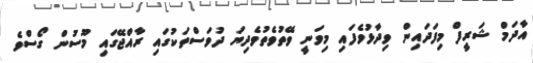
އާދަމް ޝަރީފް މިފަދައިން ވިދާޅުވެފައި މިވަނީ ވޭތުވެތުވެދިޔަ ދުވަސްތަކުގައި ރާއްޖޭގައި މޫސުން ގޯސްވެ